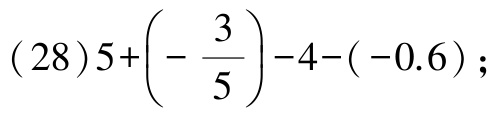
文中未提及需以LATEX格式呈现的数学公式或特殊内容，无法按要求输出。